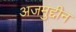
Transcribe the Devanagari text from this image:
अजमुद्दीन